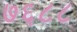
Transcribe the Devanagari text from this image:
७६८८